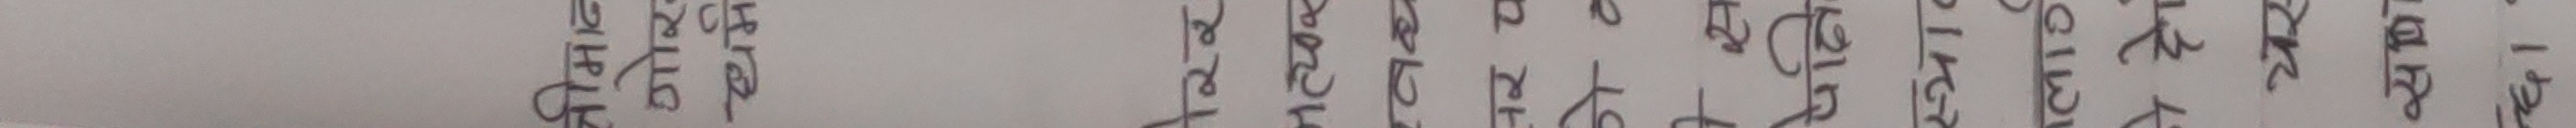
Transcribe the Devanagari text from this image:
श्रीमान
गोर
धर्म
रिर
नत्यक
तर प
स
पेक्षि
स्थाव
लाग्
ने दो
यस
साथ